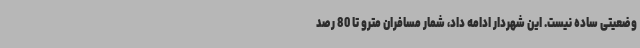
وضعیتی ساده نیست. این شهردار ادامه داد، شمار مسافران مترو تا 80 رصد